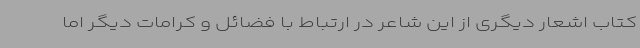
کتاب اشعار دیگری از این شاعر در ارتباط با فضائل و کرامات دیگر اما